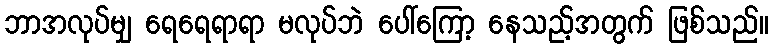
ဘာအလုပ်မျှ ရေရေရာရာ မလုပ်ဘဲ ပေါ်ကြော့ နေသည့်အတွက် ဖြစ်သည်။